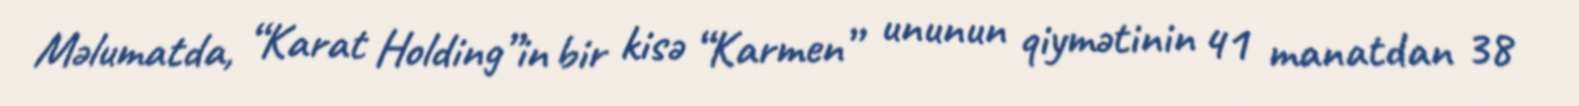
Məlumatda, “Karat Holding”in bir kisə “Karmen” ununun qiymətinin 41 manatdan 38